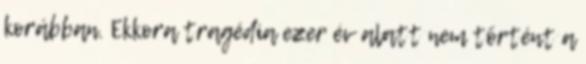
korábban. Ekkora tragédia ezer év alatt nem történt a